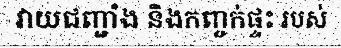
វាយជញ្ជាំង និងកញ្ចក់ផ្ទះ របស់